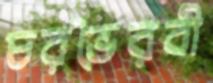
চরভৈরবী